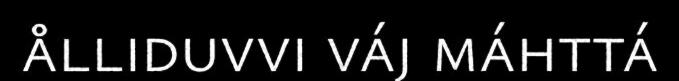
ålliduvvi váj máhttá